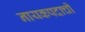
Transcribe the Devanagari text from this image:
नायकपदाची